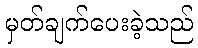
မှတ်ချက်ပေးခဲ့သည်